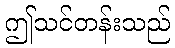
ဤသင်တန်းသည်